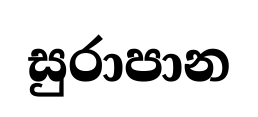
සුරාපාන